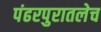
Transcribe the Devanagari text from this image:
पंढरपुरातलेच